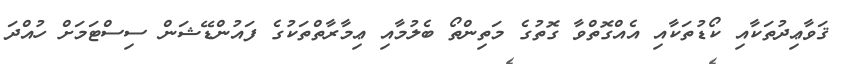
ޤަވާޢިދުތަކާއި ކޯޑުތަކާއި އެއްގޮތްވާ ގޮތުގެ މަތިންތޯ ބެލުމާއި ޢިމާރާތްތަކުގެ ފައުންޑޭޝަން ސިސްޓަމަށް ހުއްދަ